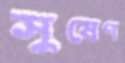
সুষেণ